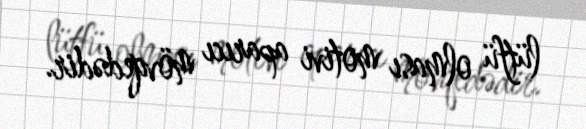
lütfü olması motivi aparıcı mövqedədir.